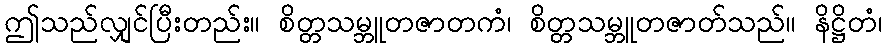
ဤသည်လျှင်ပြီးတည်း။ စိတ္တသမ္ဘူတဇာတကံ၊ စိတ္တသမ္ဘူတဇာတ်သည်။ နိဋ္ဌိတံ၊